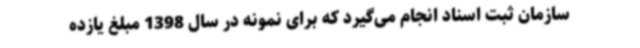
سازمان ثبت اسناد انجام می‌گیرد که برای نمونه در سال 1398 مبلغ یازده